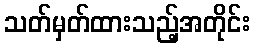
သတ်မှတ်ထားသည့်အတိုင်း